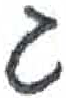
אות: ג